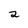
Character: 2